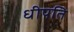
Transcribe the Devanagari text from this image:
धीपति